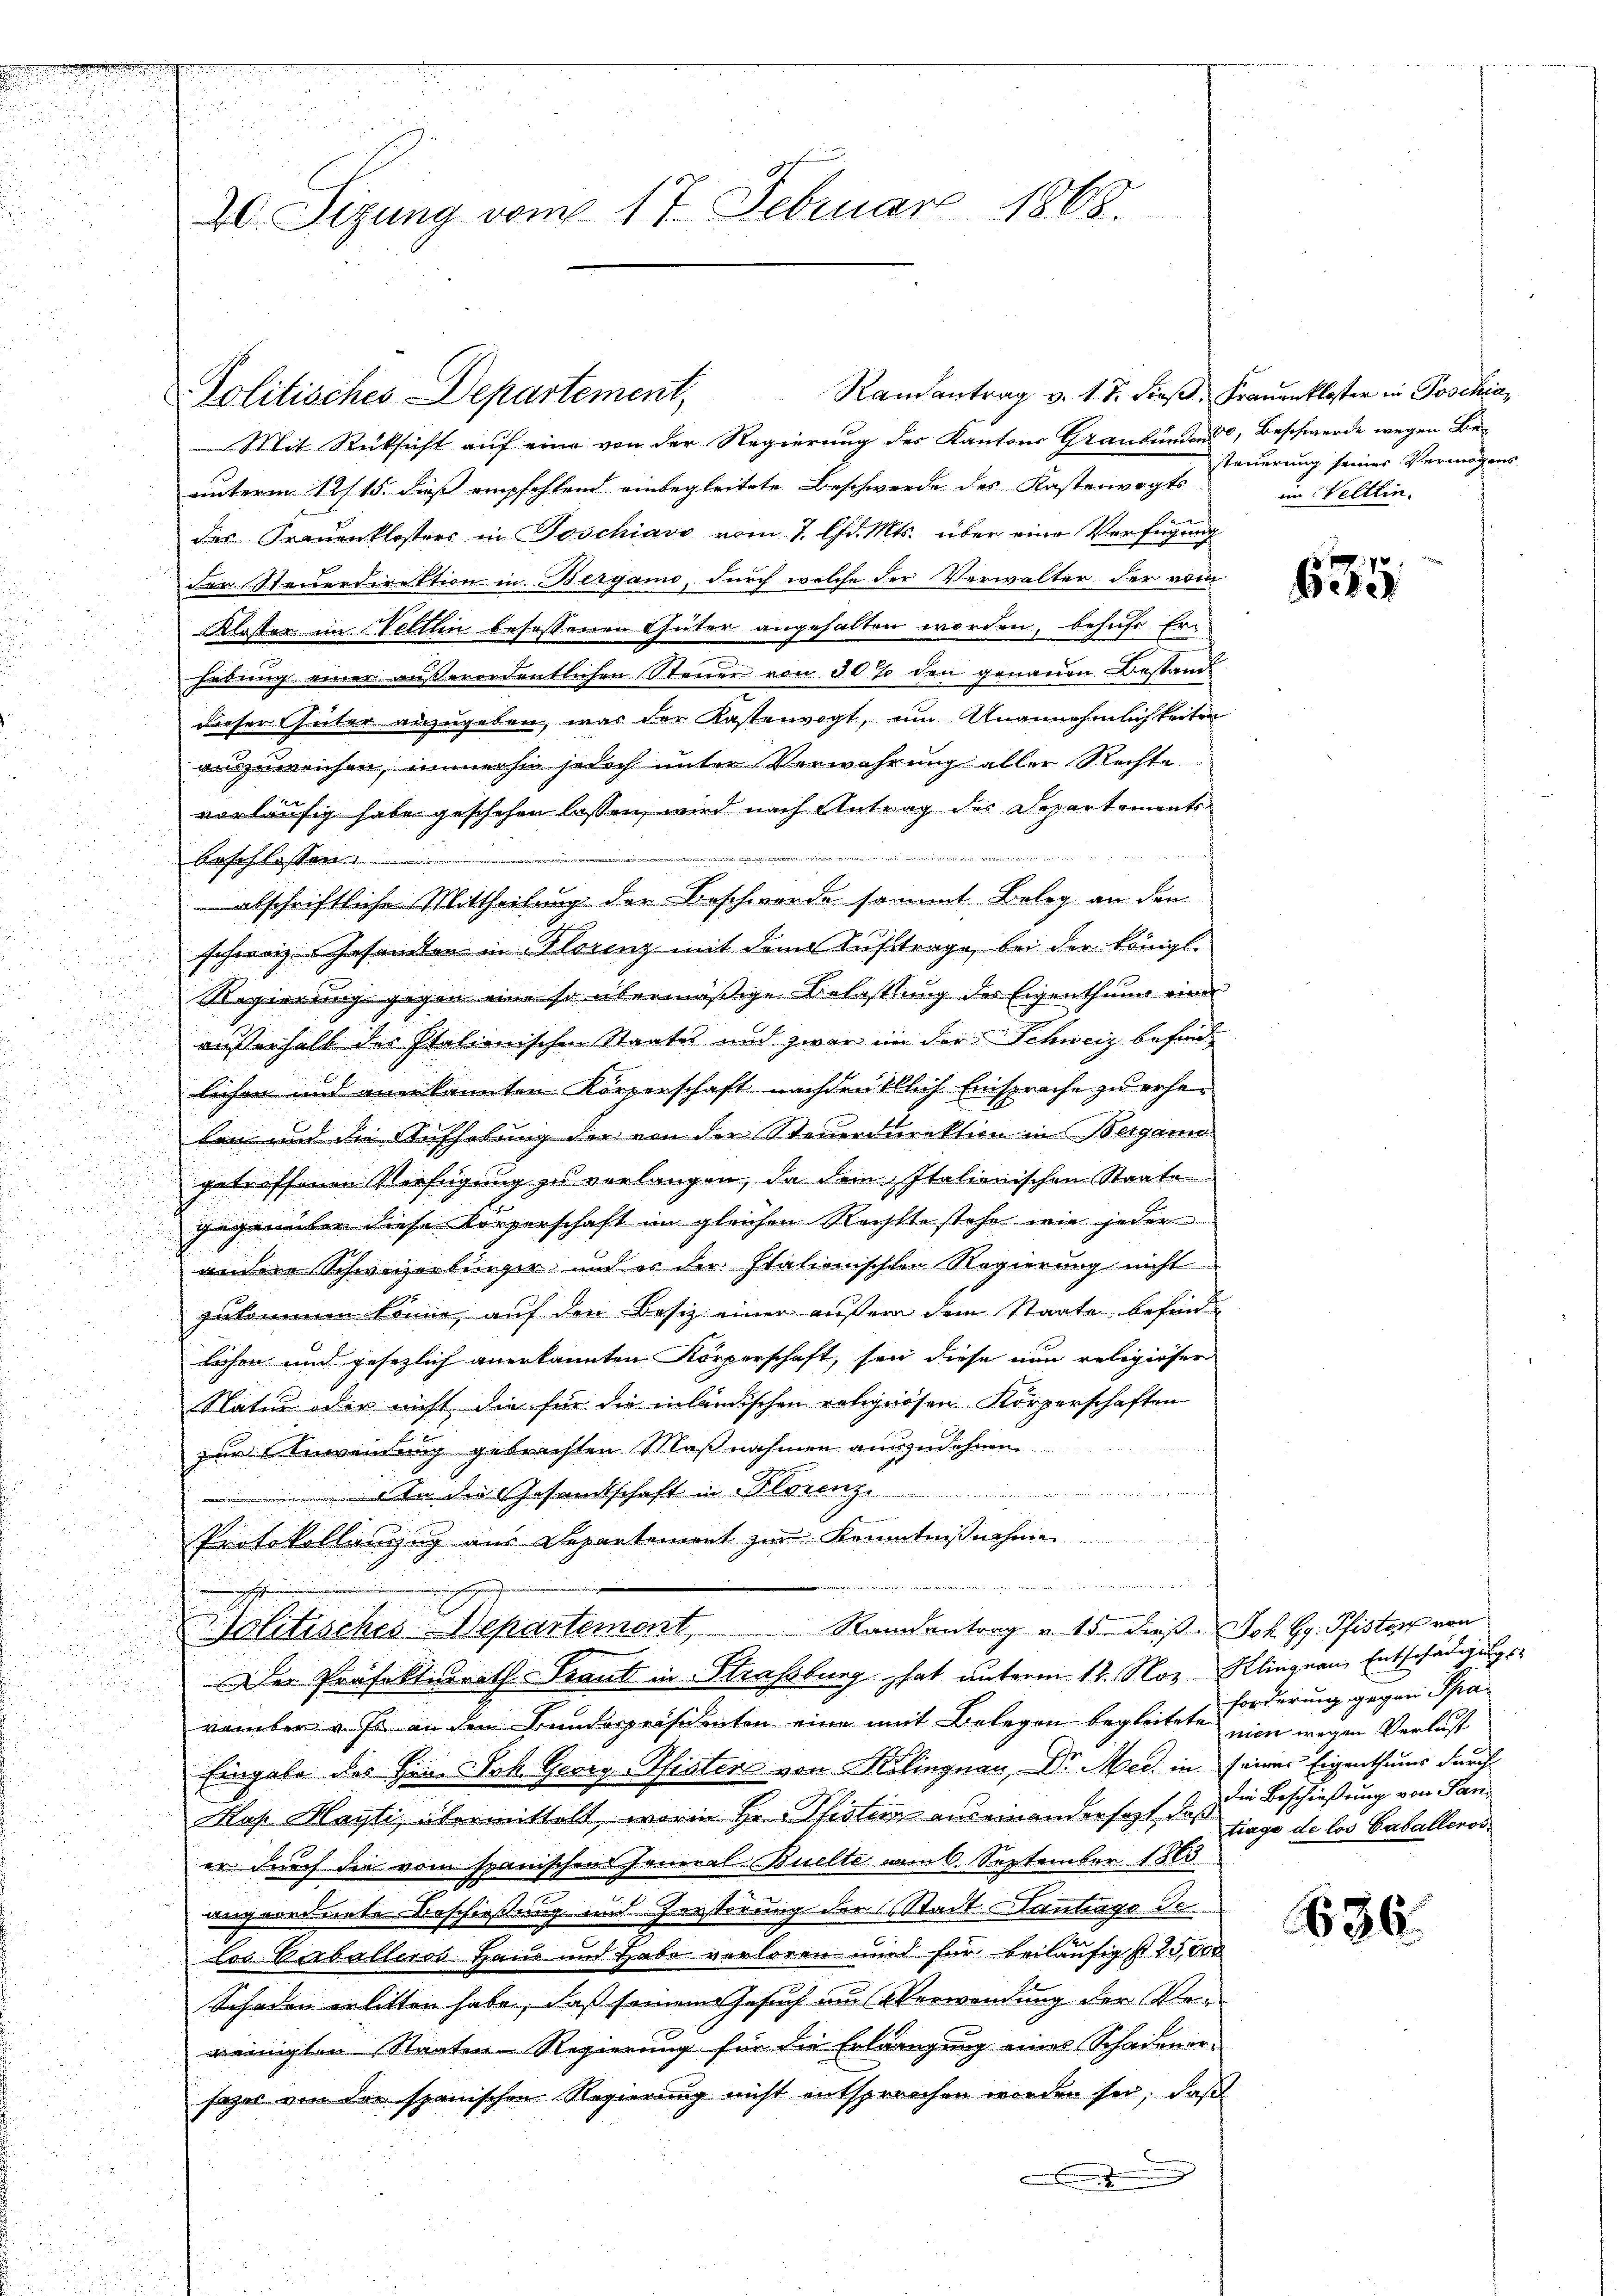
u
d

n

n

20. Sizung vom 17. Februar 1868.

Randantrag v. 1. d. dieß, Frauenkloster in Poschia¬
Politisches Departement,

Mit Rücksicht auf eine von der Regierung des Kantons Graubünden, Beschwerde wegen Be-
unterm 12. 15. dieß empfehlend einbegleitete Beschwerde des Kasterwogts
das Frauenklosters in Poschiavo vom 7. d. Mts. über eine Verfügung
der Steuerdirektion in Bergano, durch welche der Verwalter der vom
Kloster im Weltlin besassenen Güter angehalten worden, behufe Erhebung einer außerordentlichen Steuer von 30% den genauen Bestand
Dieser Güter anzugeben, was der Kastenvogt, um Unannehmlichkeiten
auszuweichen, immerhin jedoch unter Verwahrung aller Rechte
vorläufig habe geschehen lassen, wird nach Antrag des Departements
mmen un
Anschlossen
abschriftliche Mittheilung der Beschworde sammt Beleg an den
schweiz. Gesandten in Florenz mit dem Auftrage, bei der königl.
Regierung gegen eine so übermäßige Belastung des Eigenthung einer
ausserhalb der Italionischen Staates und zwar in der Schweiz befindlichen und anerkannten Körperschaft nachdrüktlich Einsprache zu erheben und die Sifhebung der von der Steuerdirektion in Bergani
getreffenen Verfügung zu verlangen, da dem Italionischen Staate
gegenüber diese Körperschaft im gleichen Rechtte stehe wie jeder
andere Schweizerbürger und es der Italionischen Regierung nicht
zukommen könne, auf den Besiz einer äußern dem Staate befindlichen und gesezlich anerkannten Körperschaft, sei diese nun religiöser
Status oder nicht die für die inländischen religiösen Körperschaften
zur Anwendung gebrachten Maßnahmen auszudehnen
n
In die Gesandtschaft in Florenze

Protokollanzug aus Departement zur Kenntnißnahme

u
Randantrag u. 15. dieß Joh. Gr. Pfister von
ellschen Departement,
Der Präfektiorath Traut in Strassburg hat unterm 12. Nov. Klingnau, Entschädigungsvember v. Js. an den Bundespräsidenten eine mit Belegen begleitete Forderung gegen Spa
Eingabe des Herr Joh. Georg Pfisters von Kilingnau, Dr. Med. in seiner Eigenthums durch
Hof Mayti, übermittelt, worin Hr. Pfistern auseinandersagt, daß
er durch die vom spanischen General Buelte am 6. September 1863
angeordnete Beschießung und Zerterung der Stadt antrage de
Cos Verballeros Haus und Habe verloren und für beiläufigst 25,000
Schaden erlitten habe, daß seinem Gesuch am Verwendung der Ver
reinigten Staaten-Regierung für die Erlangung eines Schadenor-
sazer von der spanischen Regierung nicht entsprechen worden sei, daß
.

steuerung seines Vermögens
im Veltlin

63

nien wegen Verlust
die Beschießung von Sani
tiage de los Vasalleros

36